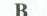
B